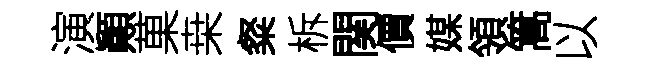
演顚菓桒粲柝関價媒領篙以